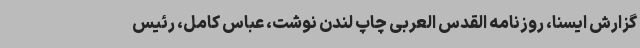
گزارش ایسنا، روزنامه القدس العربی چاپ لندن نوشت، عباس کامل، رئیس